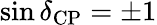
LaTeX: \sin\delta_{\mathrm{CP}}=\pm 1